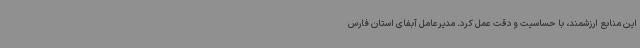
این منابع ارزشمند، با حساسیت و دقت عمل کرد. مدیرعامل آبفای استان فارس